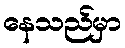
နေသည်မှာ